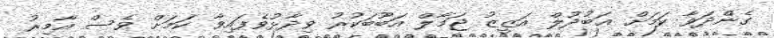
ގެންދަވާ ކަމަށް ޢަބުދުލް އަޒީޒު ޖަމާލް އަބޫބަކުރު ވިދާޅުވެފައިވާ ކަމަށް ވެސް އާމިރު